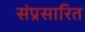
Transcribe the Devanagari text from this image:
संप्रसारित